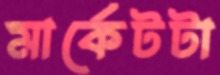
মার্কেটটা